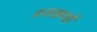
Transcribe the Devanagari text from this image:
व्रजखण्डों